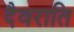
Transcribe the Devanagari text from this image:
दैवराति